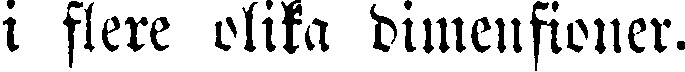
i flere olika dimensioner.